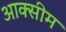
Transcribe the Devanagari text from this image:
आक्सीम